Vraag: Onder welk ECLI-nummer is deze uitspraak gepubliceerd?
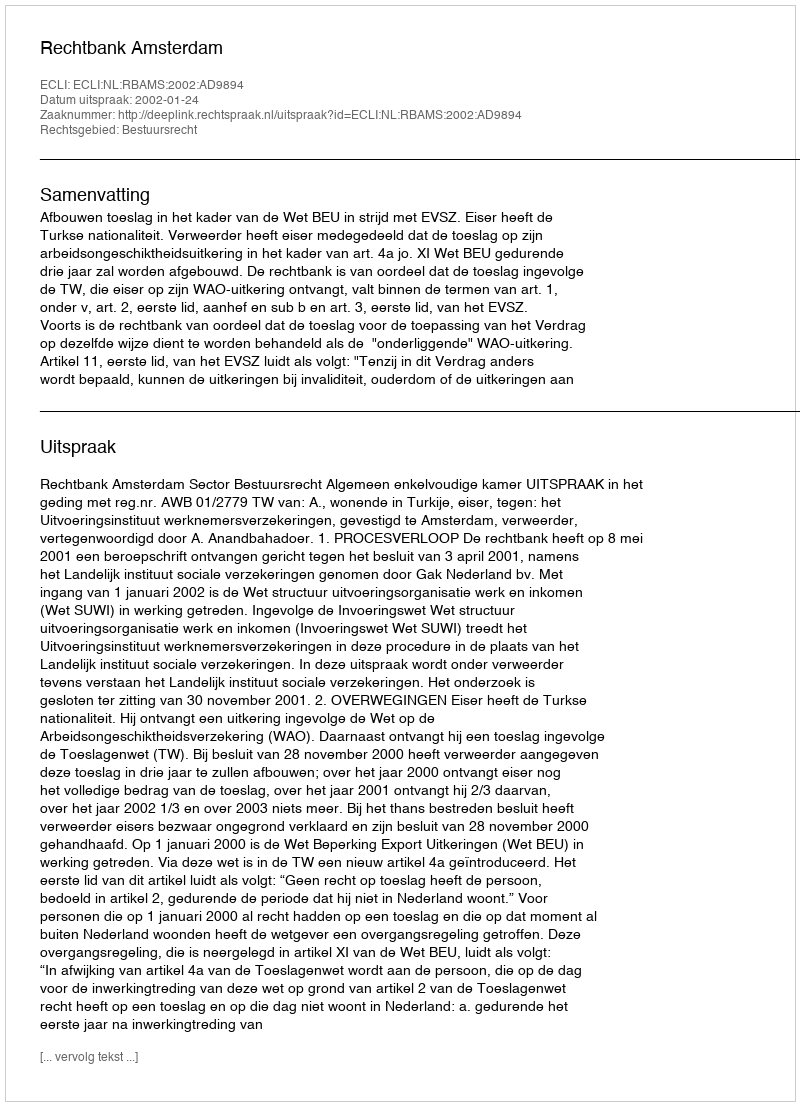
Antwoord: ECLI:NL:RBAMS:2002:AD9894